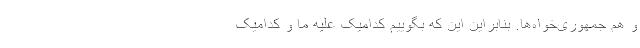
و هم جمهوری‌خواه‌ها. بنابراین این که بگوییم کدامیک علیه ما و کدامیک